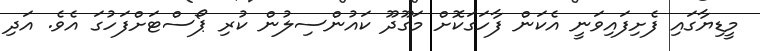
މީޑިޔާގައި ފެށިފައިވަނީ އެކަން ފާހަގަކޮށް މަގޫދޫ ކައުންސިލުން ކުރި ޕޯސްޓަށްފަހުގަ އެވެ. އަދި